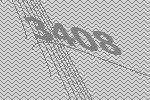
3408